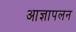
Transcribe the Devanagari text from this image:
आज्ञापलन